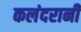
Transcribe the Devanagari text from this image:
कलंदरानी